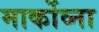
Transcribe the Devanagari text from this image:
मार्कोव्ना